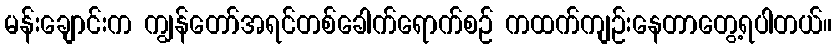
မန်းချောင်းက ကျွန်တော်အရင်တစ်ခေါက်ရောက်စဉ် ကထက်ကျဉ်းနေတာတွေ့ရပါတယ်။